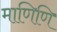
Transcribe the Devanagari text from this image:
माणिणि